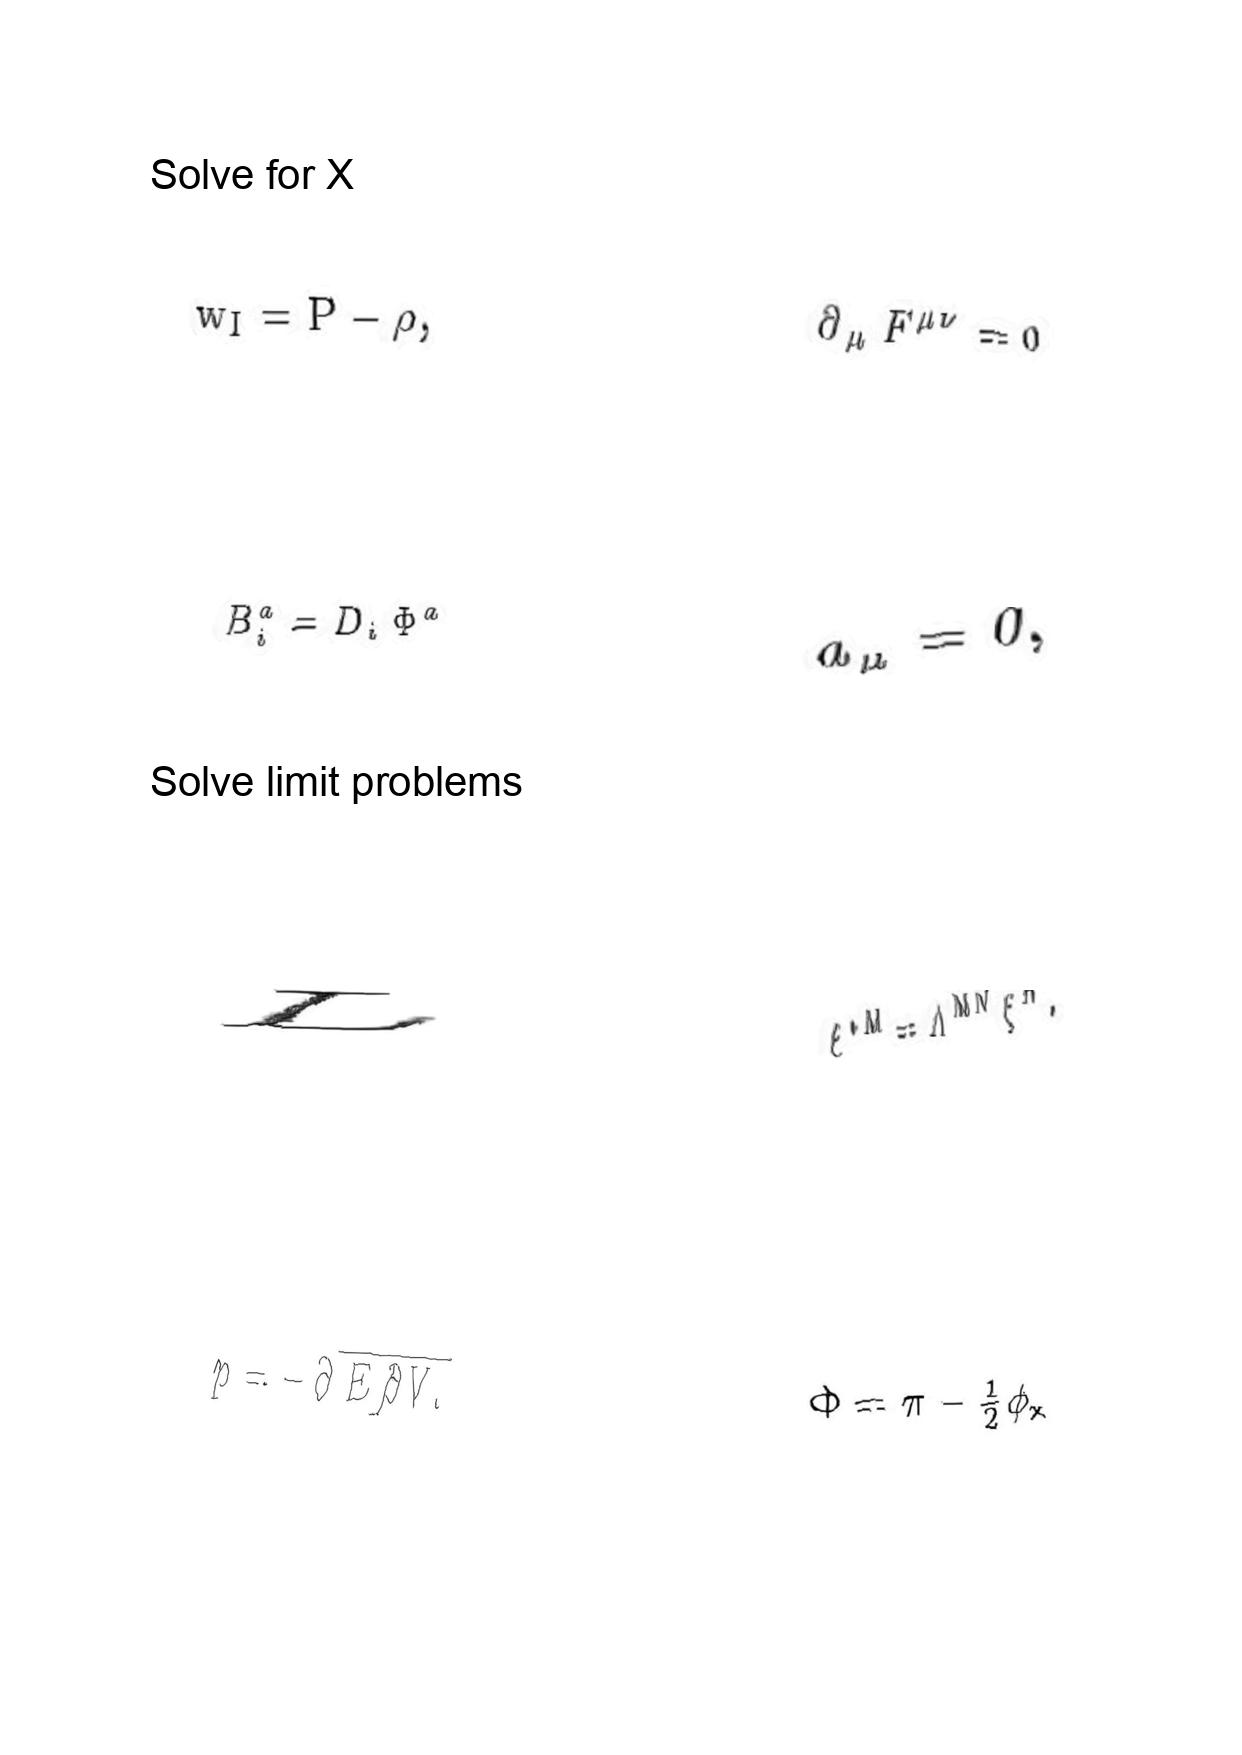
LaTeX transcription:
w _ { I } = P - \rho ,
B _ { i } ^ { a } = D _ { i } \Phi ^ { a }
L
p = - \partial \overline { E / \partial V . }
\partial _ { \mu } F ^ { \mu \nu } = 0
a _ { \mu } = 0 ,
\xi ^ { \ast M } = \Lambda ^ { M N } \xi ^ { N } .
\Phi = \pi - \frac { 1 } { 2 } \phi _ { x }